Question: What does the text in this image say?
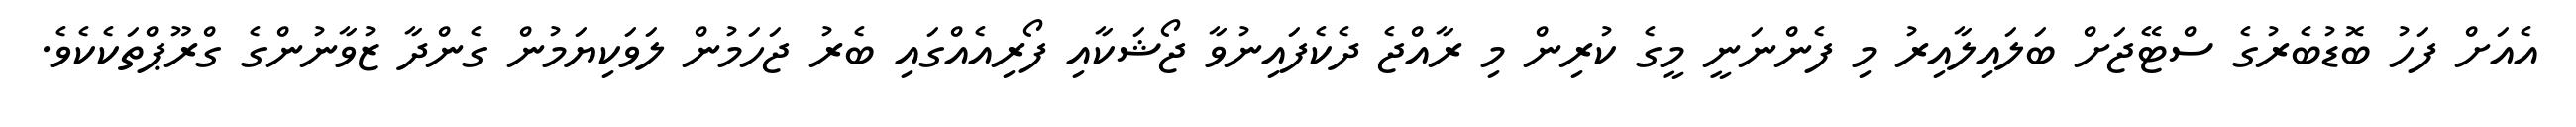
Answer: އެއަށް ފަހު ބޮޑުބެރުގެ ސްޓޭޖަށް ބަލައިލާއިރު މި ފެންނަނީ މީގެ ކުރިން މި ރާއްޖެ ދެކެފައިނުވާ ޖޯޝަކާއި ފޯރިއެއްގައި ބެރު ޖަހަމުން ލަވަކިޔަމުން ގެންދާ ޒުވާނުންގެ ގްރޫޕްތަކެކެވެ.